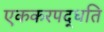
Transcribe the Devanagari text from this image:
एककरपद्धति